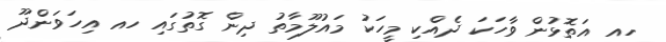
ހއ އަތޮޅުން ވާހަކަ ދެއްކި މީހަކު މައުލޫމާތު ދިން ގޮތުގައި ހއ އިހަވަންދޫ